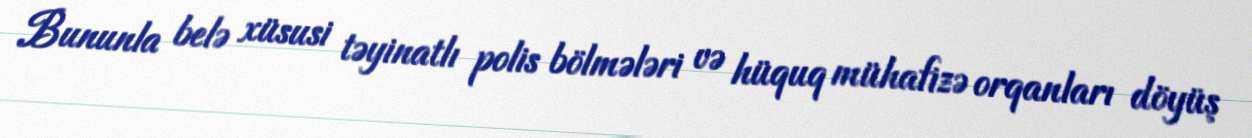
Bununla belə xüsusi təyinatlı polis bölmələri və hüquq mühafizə orqanları döyüş